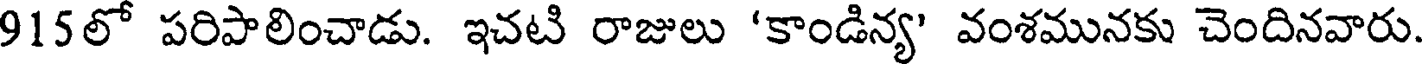
915లో పరిపాలించాడు. ఇచటి రాజులు 'కాండిన్య' వంశమునకు చెందినవారు.